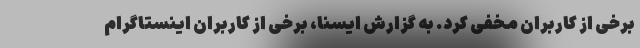
برخی از کاربران مخفی کرد. به گزارش ایسنا، برخی از کاربران اینستاگرام